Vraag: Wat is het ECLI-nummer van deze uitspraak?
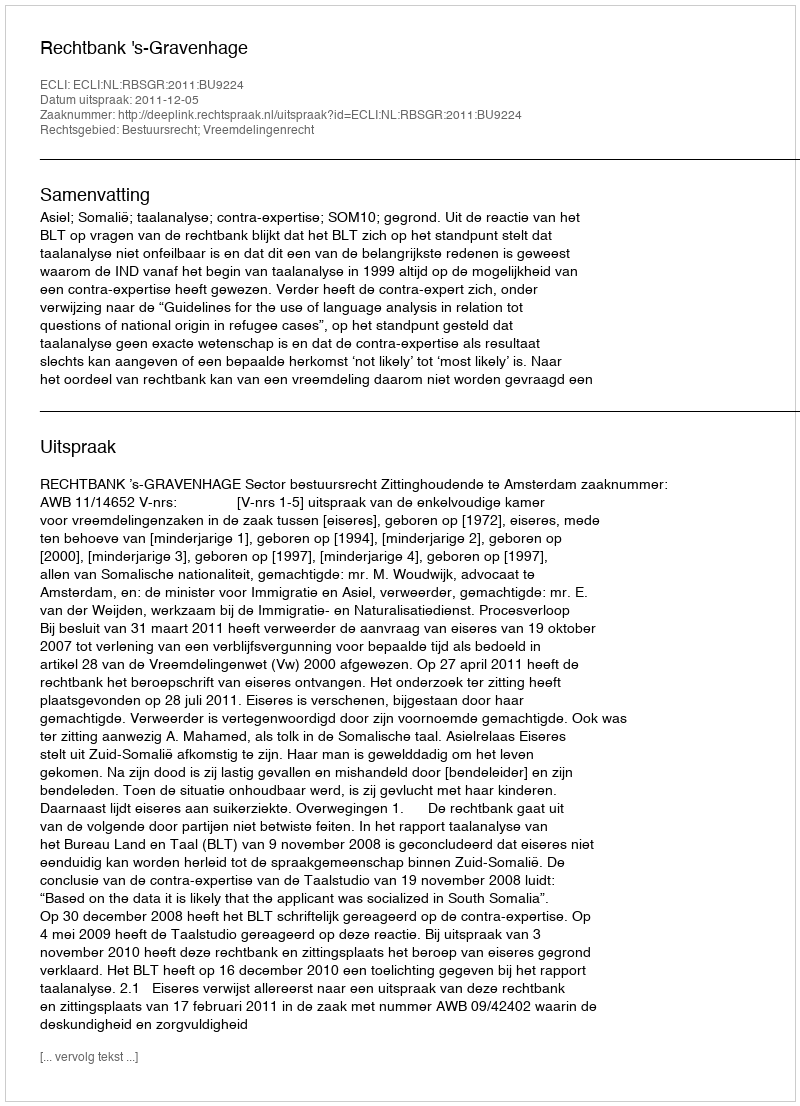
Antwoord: ECLI:NL:RBSGR:2011:BU9224